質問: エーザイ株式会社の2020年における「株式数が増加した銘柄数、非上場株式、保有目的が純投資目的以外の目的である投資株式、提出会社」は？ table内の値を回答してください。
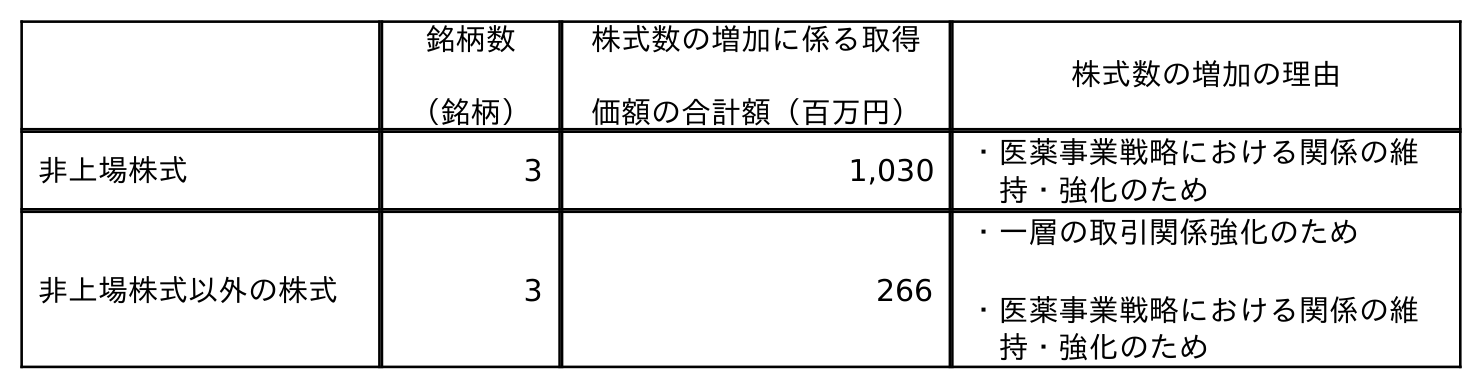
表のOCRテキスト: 銘柄数 （銘柄） 株式数の増加に係る取得 価額の合計額（百万円） 株式数の増加の理由 非上場株式 3 1,030 ・医薬事業戦略における関係の維 持・強化のため 非上場株式以外の株式 3 266 ・一層の取引関係強化のため ・医薬事業戦略における関係の維 持・強化のため
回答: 3